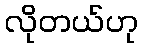
လိုတယ်ဟု